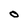
Character: O